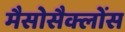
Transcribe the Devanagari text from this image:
मैसोसैक्लोंस